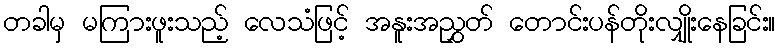
တခါမှ မကြားဖူးသည့် လေသံဖြင့် အနူးအညွှတ် တောင်းပန်တိုးလျှိုးနေခြင်း။